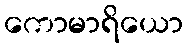
ကောမာရိယော